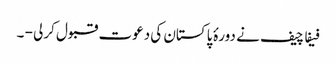
فیفا چیف نے دورۂ پاکستان کی دعوت قبول کرلی - ۔